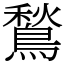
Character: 鶖